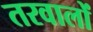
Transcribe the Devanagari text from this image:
तरवालों